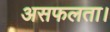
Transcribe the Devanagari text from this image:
असफलता।